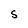
Character: S